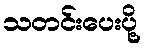
သတင်းပေးပို့